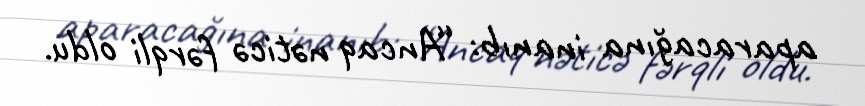
aparacağına inanıb: “Ancaq nəticə fərqli oldu.